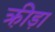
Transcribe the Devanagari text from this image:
क्री़डा़